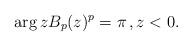
LaTeX: \begin{align*}\arg zB_p(z)^p=\pi\,,z<0.\end{align*}